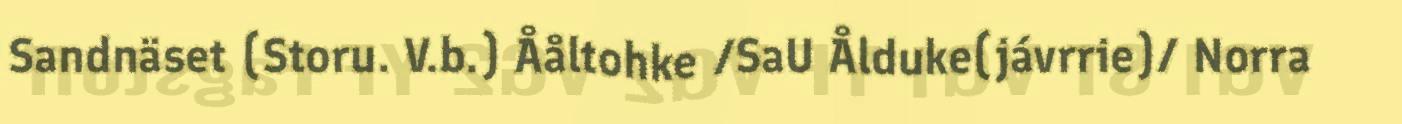
Sandnäset (Storu. V.b.) Ååltohke /SaU Ålduke(jávrrie)/ Norra